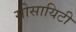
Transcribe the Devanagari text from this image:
सोसायिटी